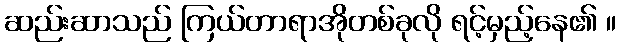
ဆည်းဆာသည် ကြယ်တာရာအိုတစ်ခုလို ရင့်မှည့်နေ၏ ။